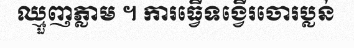
ឈ្មួញភ្លាម ។ ការធ្វើទង្វើរចោរប្លន់